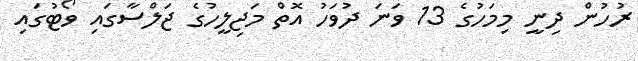
ރުހުން ދިނީ މިމަހުގެ 13 ވަނަ ދުވަހު އޮތް މަޖިލީހުގެ ޖަލްސާގައި ވޯޓުގައި